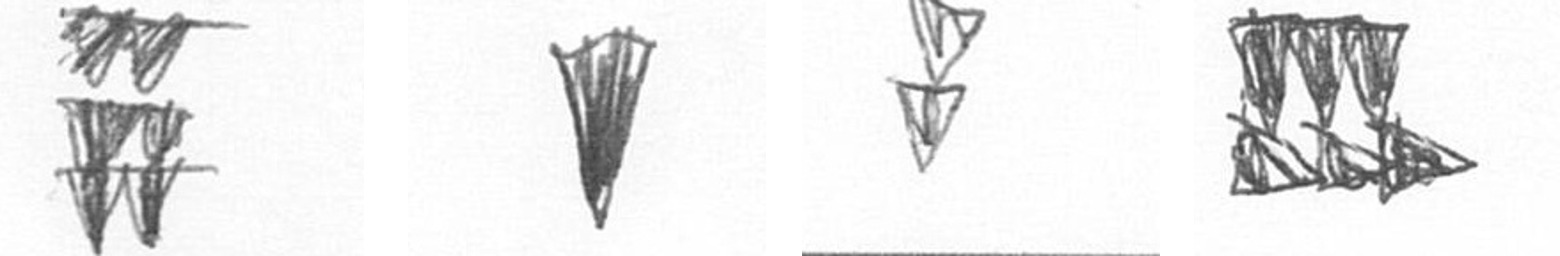
Y J Z D